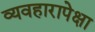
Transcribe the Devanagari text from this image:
व्यवहारापेक्षा